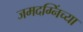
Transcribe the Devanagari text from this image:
जमदग्निंच्या